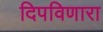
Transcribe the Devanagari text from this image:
दिपविणारा